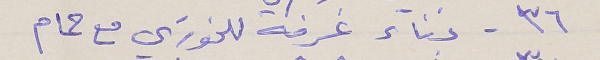
٣٦ - بناء غرفة للخوري مع حمام